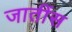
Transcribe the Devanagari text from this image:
जातींस